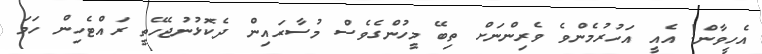
އެހީވާން! އެއީ އަހުރުމެންވެ ވެރިންނަށް ތިބޭ މީހުންގެވެސް މުސާރައިން ދެކޮޅުނުޖެހޭތީ ރައްޓެހިން ހަމަ